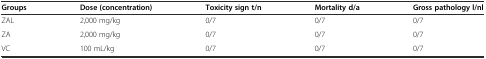
| Groups | Dose(concentration) | Toxicity sign t/n | Mortality d/a | Gross pathology l/nl |
 | --- | --- | --- | --- | --- |
 | ZAL | 2,000 mg/kg | 0/7 | 0/7 | 0/7 |
 | ZA | 2,000 mg/kg | 0/7 | 0/7 | 0/7 |
 | VC | 100 mL/kg | 0/7 | 0/7 | 0/7 |